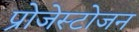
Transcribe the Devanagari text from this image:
प्रोजेस्टोजन